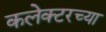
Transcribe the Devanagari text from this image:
कलेक्टरच्या